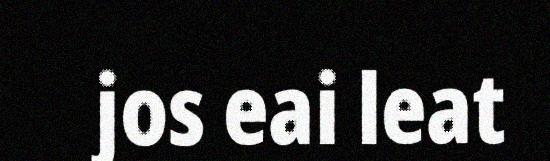
jos eai leat